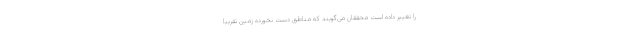
را تغییر داده است محققان می‌گویند که مناطق دست نخورده زمین تقریباً